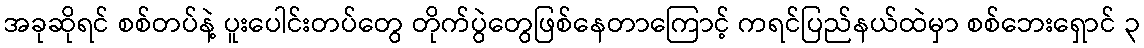
အခုဆိုရင် စစ်တပ်နဲ့ ပူးပေါင်းတပ်တွေ တိုက်ပွဲတွေဖြစ်နေတာကြောင့် ကရင်ပြည်နယ်ထဲမှာ စစ်ဘေးရှောင် ၃